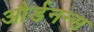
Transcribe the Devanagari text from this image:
और्डनन्स